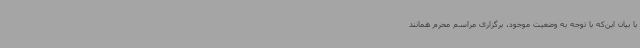
با بیان این‌که با توجه به وضعیت موجود، برگزاری مراسم محرم همانند